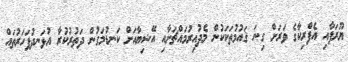
ޔޫރަޕާއި އެފްރިކާގެ ވަރަށް ގިނަ ޤައުމުތަކަކުން މެދުއިރުމައްޗަށާއި އޭޝިޔާއަށް ކަނޑުމަގުން ދަތުރުކުރާ އުޅަނދުފަހަރުތައް